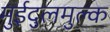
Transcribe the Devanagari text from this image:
मुईदुलमुल्क